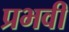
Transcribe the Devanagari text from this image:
प्रभवी